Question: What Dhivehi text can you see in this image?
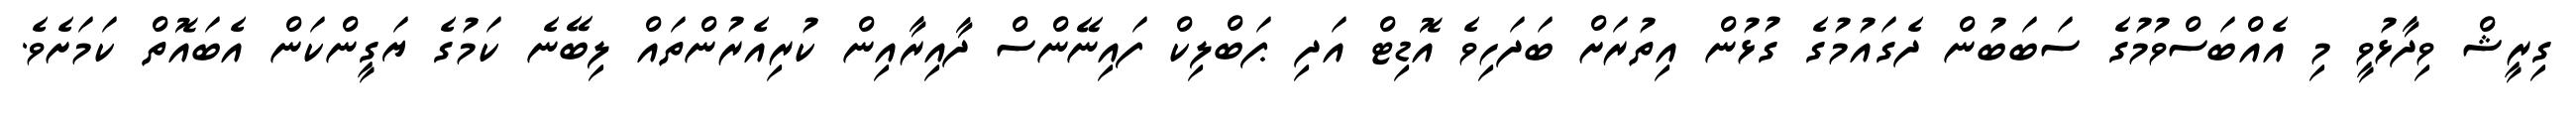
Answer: ގިރީޝް ވިދާޅުވީ މި އެއްބަސްވުމުގެ ސަބަބުން ދެގައުމުގެ ގުޅުން އިތުރަށް ބަދަހިވެ އޮޑިޓް އަދި ޕަބްލިކް ފައިނޭންސް ދާއިރާއިން ކުރިއެރުންތައް ލިބޭނެ ކަމުގެ ޔަގީންކަން އެބައޮތް ކަމަށެވެ.